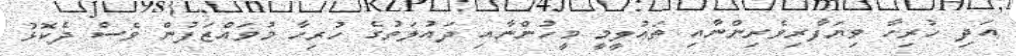
އަދި ހުރިހާ ވިޔަފާރިވެރިންނާއި ތަޢުލީމީ މީހުންނާއި ދައުލަތުގެ ހުރިހާ މުވައްޒަފުން ވެސް ދެކޮޅު